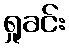
ရှုခင်း